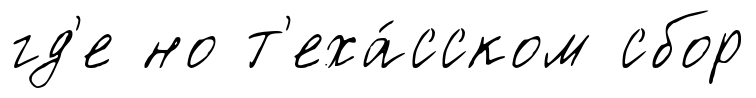
гд'е но т'еха́сском сбор